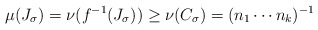
\begin{align*}\mu(J_{\sigma})=\nu(f^{-1}(J_{\sigma}))\geq\nu(C_{\sigma})=(n_{1}\cdots n_{k})^{-1}\end{align*}